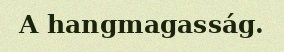
A hangmagasság.